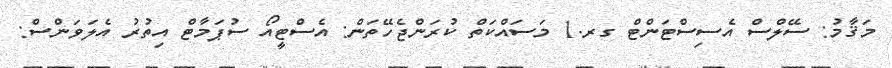
މަޤާމު: ސޭލްސް އެސިސްޓަންޓް ގރ.1 މަސައްކަތް ކުރަންޖެހޭތަން: އެސްޓީއޯ ސުޕަމާޓް އިތުރު އެލަވަންސް: